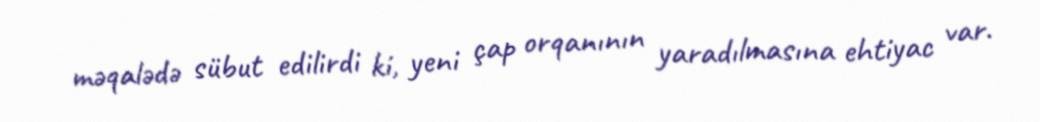
məqalədə sübut edilirdi ki, yeni çap orqanının yaradılmasına ehtiyac var.